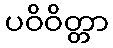
ပဝိဝိတ္တာ